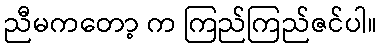
ညီမကတော့ က ကြည်ကြည်ဇင်ပါ။